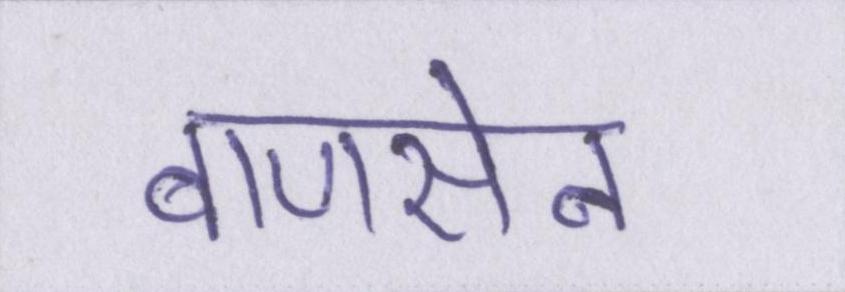
बाणसेन